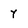
Character: y